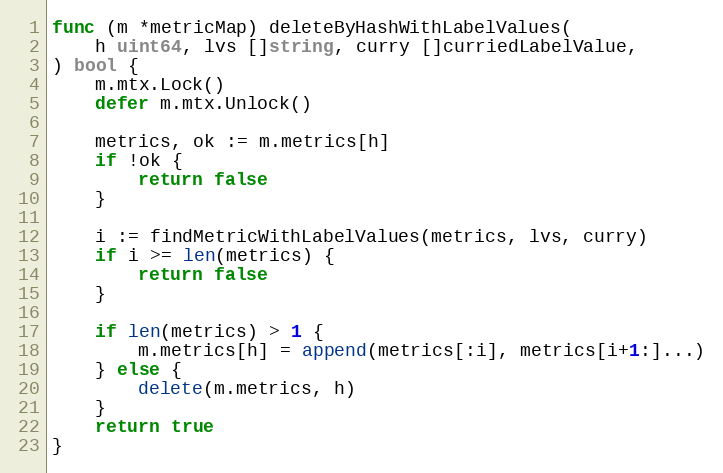
Language: Go
func (m *metricMap) deleteByHashWithLabelValues(
	h uint64, lvs []string, curry []curriedLabelValue,
) bool {
	m.mtx.Lock()
	defer m.mtx.Unlock()

	metrics, ok := m.metrics[h]
	if !ok {
		return false
	}

	i := findMetricWithLabelValues(metrics, lvs, curry)
	if i >= len(metrics) {
		return false
	}

	if len(metrics) > 1 {
		m.metrics[h] = append(metrics[:i], metrics[i+1:]...)
	} else {
		delete(m.metrics, h)
	}
	return true
}